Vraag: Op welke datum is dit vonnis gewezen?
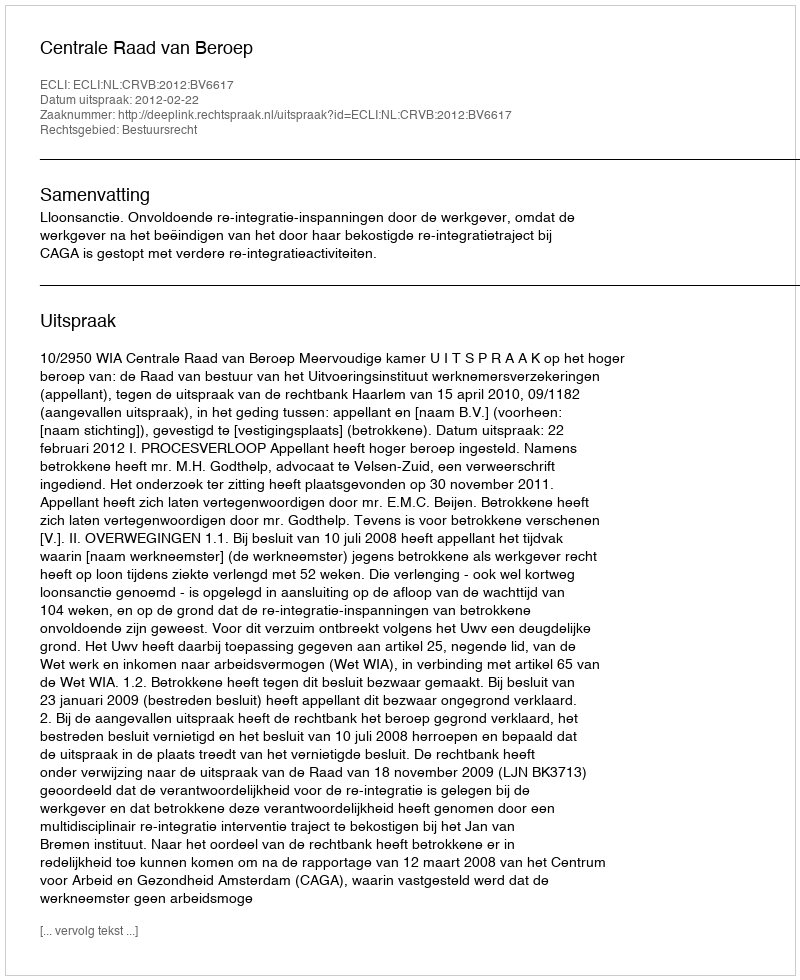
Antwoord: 2012-02-22